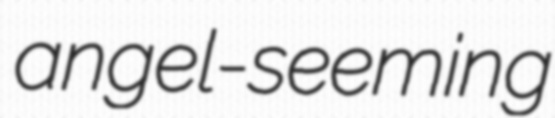
angel-seeming